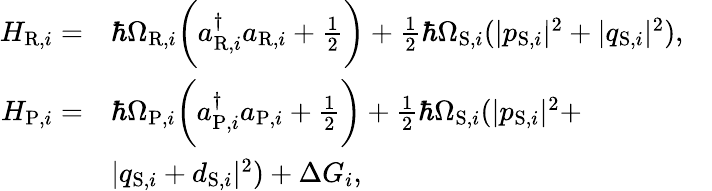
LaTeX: \begin{array}{rlr}{H_{\mathrm{R},i}=}&{\hbar\Omega_{\mathrm{R},i}\bigg(a_{\mathrm{R},i}^{\dagger}a_{\mathrm{R},i}+\frac{1}{2}\bigg)+\frac{1}{2}\hbar\Omega_{\mathrm{S},i}(|p_{\mathrm{S},i}|^{2}+|q_{\mathrm{S},i}|^{2}),}&\\ {H_{\mathrm{P},i}=}&{\hbar\Omega_{\mathrm{P},i}\bigg(a_{\mathrm{P},i}^{\dagger}a_{\mathrm{P},i}+\frac{1}{2}\bigg)+\frac{1}{2}\hbar\Omega_{\mathrm{S},i}(|p_{\mathrm{S},i}|^{2}+}&\\ &{|q_{\mathrm{S},i}+d_{\mathrm{S},i}|^{2})+\Delta G_{i},}&\end{array}